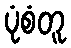
ပုံစံတူ